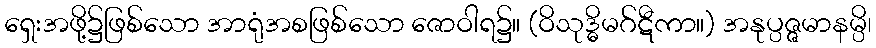
ရှေးအဖို့၌ဖြစ်သော အာရုံအစဖြစ်သော ဇောဝါရ၌။ (ဝိသုဒ္ဓိမဂ်ဋီကာ။) အနုပ္ပဇ္ဇမာနမ္ပိ၊